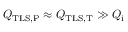
Q _ { \mathrm { T L S , P } } \approx Q _ { \mathrm { T L S , T } } \gg Q _ { \mathrm { i } }